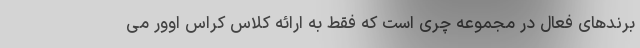
برندهای فعال در مجموعه چری است که فقط به ارائه کلاس کراس اوور می